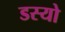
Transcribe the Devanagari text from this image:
डस्यो